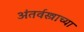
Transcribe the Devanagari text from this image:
अंतर्वस्त्राच्या